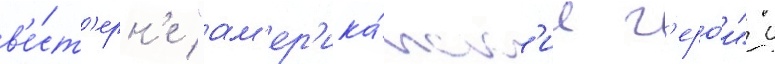
в'е́ст'ерн'е "ам'ер'ика́нск'ие г'еро́и" с